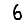
Digit: 6